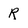
Character: R